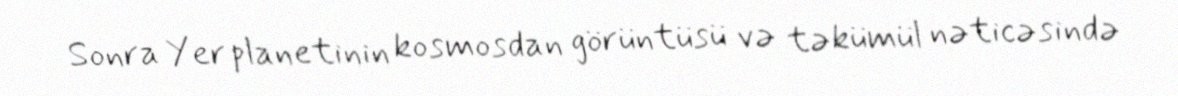
Sonra Yer planetinin kosmosdan görüntüsü və təkümül nəticəsində